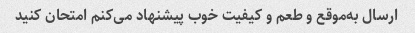
ارسال به‌موقع و طعم و کیفیت خوب پیشنهاد می‌کنم امتحان کنید